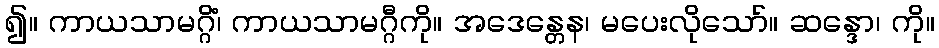
၍။ ကာယသာမဂ္ဂိံ၊ ကာယသာမဂ္ဂီကို။ အဒေန္တေန၊ မပေးလိုသော်။ ဆန္ဒော၊ ကို။